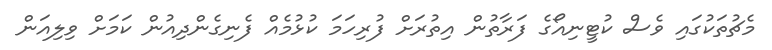
މެޗުތަކުގައި ވެސް ކުޓީނިއޯގެ ފަރާތުން އިތުރަށް ފުރިހަމަ ކުޅުމެއް ފެނިގެންދިއުން ކަމަށް ވިލިއަން